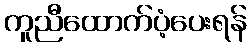
ကူညီထောက်ပံ့ပေးရန်